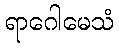
ရာဂေါမေသံ